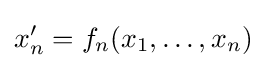
x_{n}'=f_{n}(x_{1},\ldots ,x_{n})